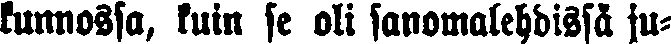
kunnossa, kuin se oli sanomalehdissä ju-